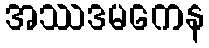
အဿဒမကေန